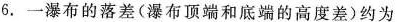
6.一瀑布的落差(瀑布顶端和底端的高度差)约为